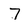
Character: 7